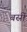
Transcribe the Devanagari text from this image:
बस्री